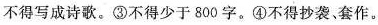
不得写成诗歌。③不得少于800字。④不得抄袭、套作。